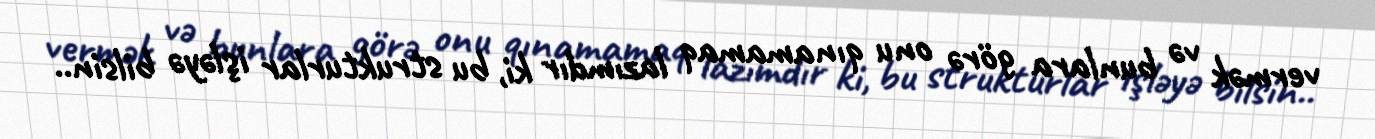
vermək və bunlara görə onu qınamamaq lazımdır ki, bu strukturlar işləyə bilsin..